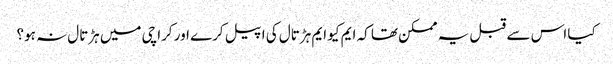
کیا اس سے قبل یہ ممکن تھا کہ ایم کیو ایم ہڑتال کی اپیل کرے اور کراچی میں ہڑتال نہ ہو؟